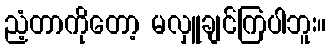
ညံ့တာကိုတော့ မလှူချင်ကြပါဘူး။